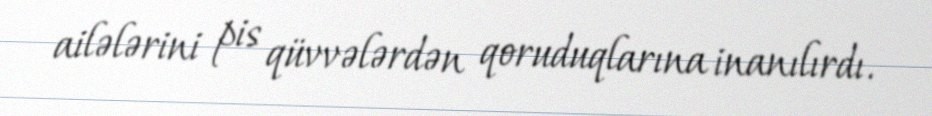
ailələrini pis qüvvələrdən qoruduqlarına inanılırdı.